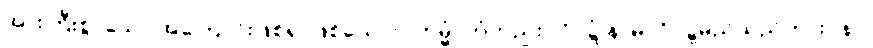
အားကြီးစွာသော အကြောင်းဖြစ်၍ ဖြစ်သော။) ကမ္မံ၊ ကံတည်း။ ဝိဝဋ္ဋံ နာမ၊ ဝိဝဋ္ဋမည်သည်ကား။ နဝ